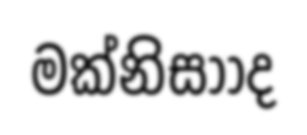
මක්නිසාාද